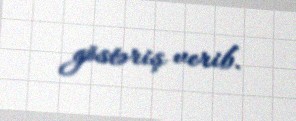
göstəriş verib.